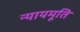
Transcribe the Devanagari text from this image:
न्यायमूति